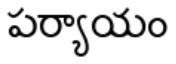
పర్యాయం